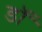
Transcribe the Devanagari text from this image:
डॉ